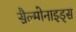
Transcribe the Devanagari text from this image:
सैल्मोनाइड्स